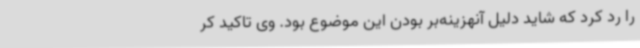
را رد کرد که شاید دلیل آنهزینه‌بر بودن این موضوع بود. وی تاکید کر